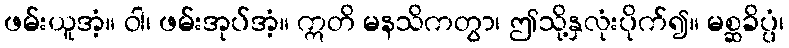
ဖမ်းယူအံ့။ ဝါ၊ ဖမ်းအုပ်အံ့။ ဣတိ မနသိကတွာ၊ ဤသို့နှလုံးပိုက်၍။ မစ္ဆခိပ္ပံ၊